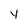
Character: y